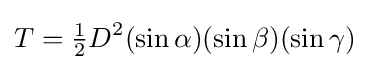
T={\tfrac {1}{2}}D^{2}(\sin \alpha )(\sin \beta )(\sin \gamma )